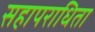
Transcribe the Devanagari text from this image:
सहापराधिता